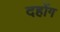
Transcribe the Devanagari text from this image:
दहोंग